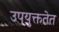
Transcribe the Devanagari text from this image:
उपयुक्ततेत